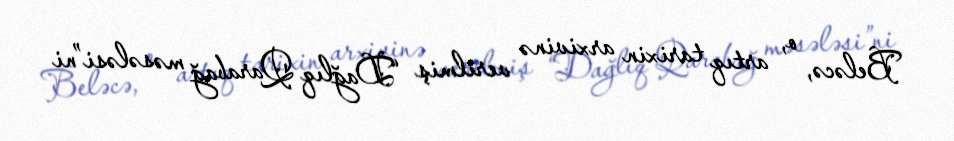
Beləcə, o, artıq tarixin arxivinə verilmiş “Dağlıq Qarabağ məsələsi”ni